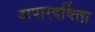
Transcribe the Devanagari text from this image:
अपारदर्षिता